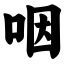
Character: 咽